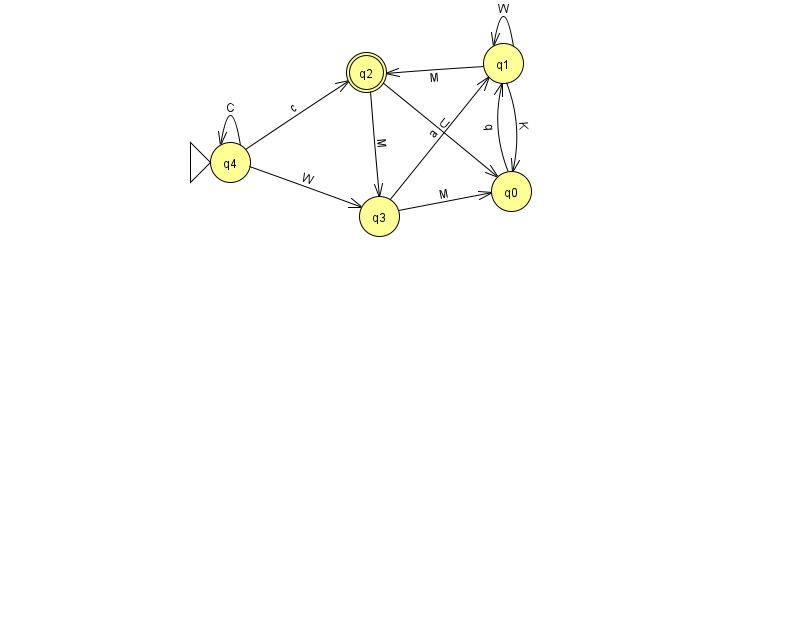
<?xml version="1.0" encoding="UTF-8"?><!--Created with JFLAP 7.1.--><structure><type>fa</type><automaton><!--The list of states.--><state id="0" name="q0"><x>511.0</x><y>178.0</y></state><state id="1" name="q1"><x>503.0</x><y>50.0</y></state><state id="2" name="q2"><x>366.0</x><y>59.0</y><final/></state><state id="3" name="q3"><x>379.0</x><y>203.0</y></state><state id="4" name="q4"><x>230.0</x><y>149.0</y><initial/></state><!--The list of transitions.--><transition><from>3</from><to>1</to><read>a</read></transition><transition><from>3</from><to>0</to><read>M</read></transition><transition><from>2</from><to>0</to><read>U</read></transition><transition><from>4</from><to>2</to><read>c</read></transition><transition><from>4</from><to>4</to><read>C</read></transition><transition><from>1</from><to>0</to><read>K</read></transition><transition><from>2</from><to>3</to><read>M</read></transition><transition><from>1</from><to>1</to><read>W</read></transition><transition><from>1</from><to>2</to><read>M</read></transition><transition><from>0</from><to>1</to><read>q</read></transition><transition><from>4</from><to>3</to><read>W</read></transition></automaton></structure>